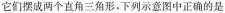
它们摆成两个直角三角形。下列示意图中正确的是